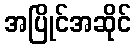
အပြိုင်အဆိုင်